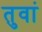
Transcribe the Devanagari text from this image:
तुवां